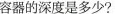
容器的深度是多少?